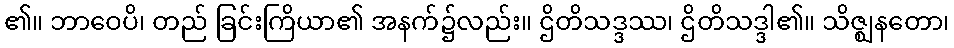
၏။ ဘာဝေပိ၊ တည် ခြင်းကြိယာ၏ အနက်၌လည်း။ ဌိတိသဒ္ဒဿ၊ ဌိတိသဒ္ဒါ၏။ သိဇ္ဈနတော၊